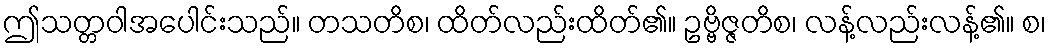
ဤသတ္တဝါအပေါင်းသည်။ တသတိစ၊ ထိတ်လည်းထိတ်၏။ ဥဗ္ဗိဇ္ဇတိစ၊ လန့်လည်းလန့်၏။ စ၊